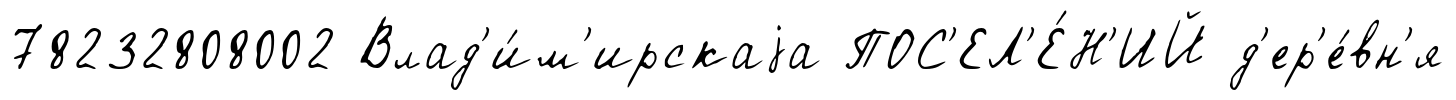
78232808002 Влад'и́м'ирскаjа ПОС'ЕЛ'Е́Н'ИЙ д'ер'е́вн'я